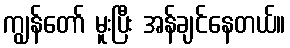
ကျွန်တော် မူးပြီး အန်ချင်နေတယ်။